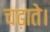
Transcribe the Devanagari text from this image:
चढ़ाते।